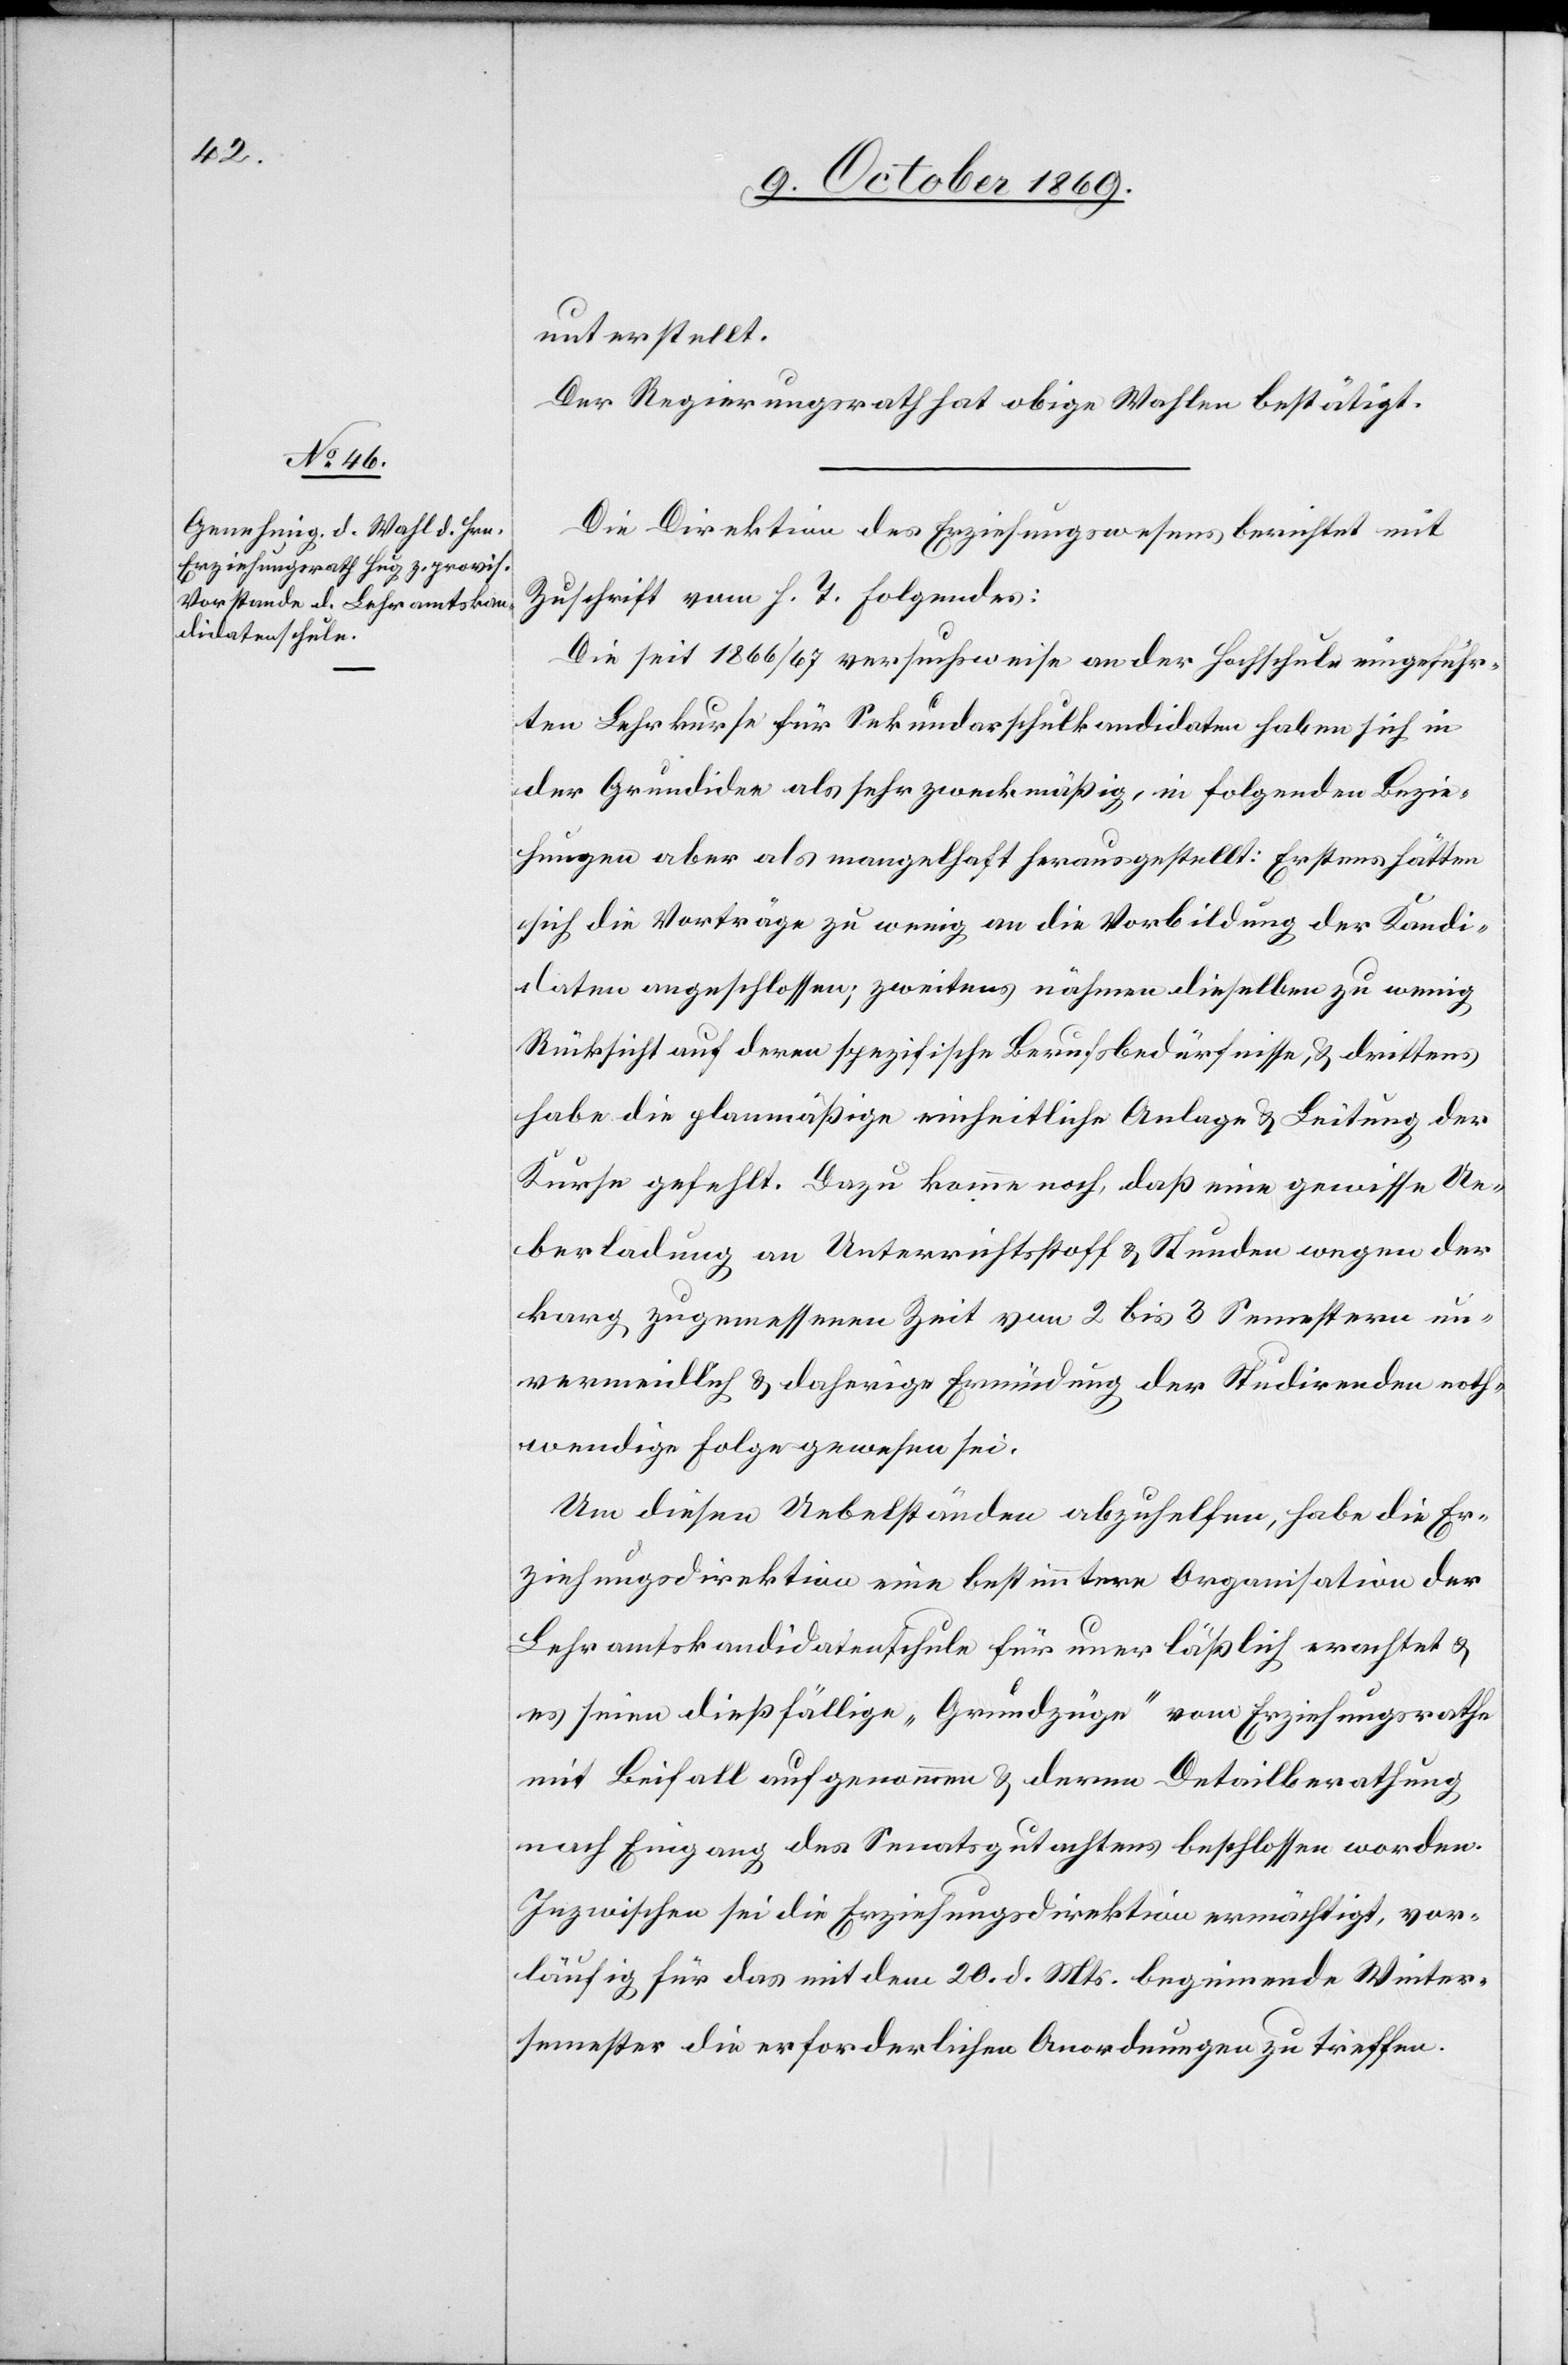
unterstellt.
Der Regierungsrath hat obige Wahlen bestätigt.
Die Direktion des Erziehungswesens berichtet mit
Zuschrift vom h. T. Folgendes:
Die seit 1866/67 versuchsweise an der Hochschule eingeführ¬
ten Lehrkurse für Sekundarschulkandidaten haben sich in
der Grundidee als sehr zweckmäßig, in folgenden Bezie¬
hungen aber als mangelhaft herausgestellt: Erstens hätten
sich die Vorträge zu wenig an die Vorbildung der Kandi¬
daten angeschlossen; zweitens nähmen dieselben zu wenig
Rücksicht auf deren spezifische Berufsbedürfnisse, & drittens
habe die planmäßige einheitliche Anlage & Leitung der
Kurse gefehlt. Dazu komme noch, daß eine gewisse Ue¬
berladung an Unterrichtsstoff & Stunden wegen der
karg zugemessenen Zeit von 2 bis 3 Semestern un¬
vermeidlich & daherige Ermüdung der Studirenden noth¬
wendige Folge gewesen sei.
Um diesen Uebelständen abzuhelfen, habe die Er¬
ziehungsdirektion eine bestimmtere Organisation der
Lehramtskandidatenschule für unerläßlich erachtet &
es seien dießfällige „Grundzüge“ vom Erziehungsrathe
mit Beifall aufgenommen & deren Detailberathung
nach Eingang des Senatsgutachtens beschlossen worden.
Inzwischen sei die Erziehungsdirektion ermächtigt, vor¬
läufig für das mit dem 20. d. Mts. beginnende Winter¬
semester die erforderlichen Anordnungen zu treffen.